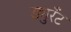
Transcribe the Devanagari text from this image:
ड्युरँट